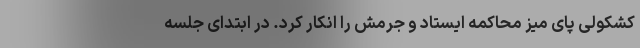
کشکولی پای میز محاکمه ایستاد و جرمش را انکار کرد. در ابتدای جلسه